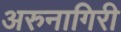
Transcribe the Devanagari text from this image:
अरुनागिरी